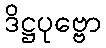
ဒိဋ္ဌပုဗ္ဗော